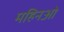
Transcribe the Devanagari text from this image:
महिनओ